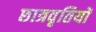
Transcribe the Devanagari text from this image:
छात्रवृतियों